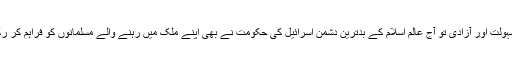
بلکہ یہ سہولت اور آزادی تو آج عالم اسلام کے بدترین دشمن اسرائیل کی حکومت نے بھی اپنے ملک میں رہنے والے مسلمانوں کو فراہم کر رکھی ہے۔